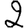
Digit: 2